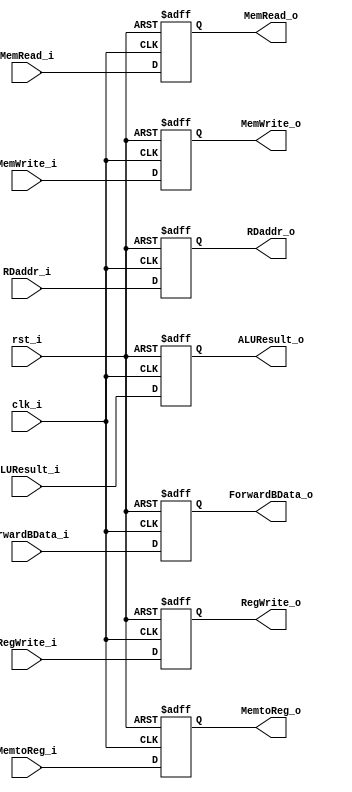
module EX_MEM_Register
(
    clk_i,
    rst_i,
    RegWrite_i,
    MemtoReg_i,
    MemRead_i,
    MemWrite_i,
    ALUResult_i,
    ForwardBData_i,
    RDaddr_i,
    RegWrite_o,
    MemtoReg_o,
    MemRead_o,
    MemWrite_o,
    ALUResult_o,
    ForwardBData_o,
    RDaddr_o,
);

input clk_i;
input rst_i;
input RegWrite_i;
input MemtoReg_i;
input MemRead_i;
input MemWrite_i;
input [31:0] ALUResult_i;
input [31:0] ForwardBData_i;
input [4:0] RDaddr_i;
output RegWrite_o;
output MemtoReg_o;
output MemRead_o;
output MemWrite_o;
output [31:0] ALUResult_o;
output [31:0] ForwardBData_o;
output [4:0] RDaddr_o;

reg RegWrite_o;
reg MemtoReg_o;
reg MemRead_o;
reg MemWrite_o;
reg [31:0] ALUResult_o;
reg [31:0] ForwardBData_o;
reg [4:0] RDaddr_o;

always @(posedge clk_i or negedge rst_i) begin
    if (~rst_i) begin
        RegWrite_o <= 0;
        MemtoReg_o <= 0;
        MemRead_o <= 0;
        MemWrite_o <= 0;
        ALUResult_o <= 0;
        ForwardBData_o <= 0;
        RDaddr_o <= 0;
    end
    else begin
        RegWrite_o <= RegWrite_i;
        MemtoReg_o <= MemtoReg_i;
        MemRead_o <= MemRead_i;
        MemWrite_o <= MemWrite_i;
        ALUResult_o <= ALUResult_i;
        ForwardBData_o <= ForwardBData_i;
        RDaddr_o <= RDaddr_i;
    end
end

endmodule